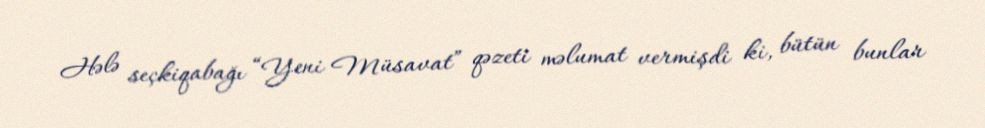
Hələ seçkiqabağı “Yeni Müsavat” qəzeti məlumat vermişdi ki, bütün bunlar